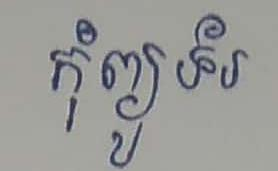
កុំព្យូទ័រ